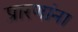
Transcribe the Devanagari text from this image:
प्रारणांना